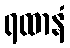
ရထာနံ